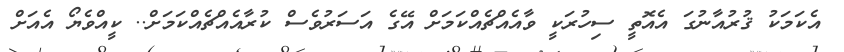
އެކަމަކު ޤުރުއާނުގަ އެއޮތީ ސިހުރަކީ ވާއެއްޗެއްކަމަށް އޭގެ އަސަރުވެސް ކުރާއެއްޗެއްކަމަށް.. ކީއްވެޔޯ އެއަށް